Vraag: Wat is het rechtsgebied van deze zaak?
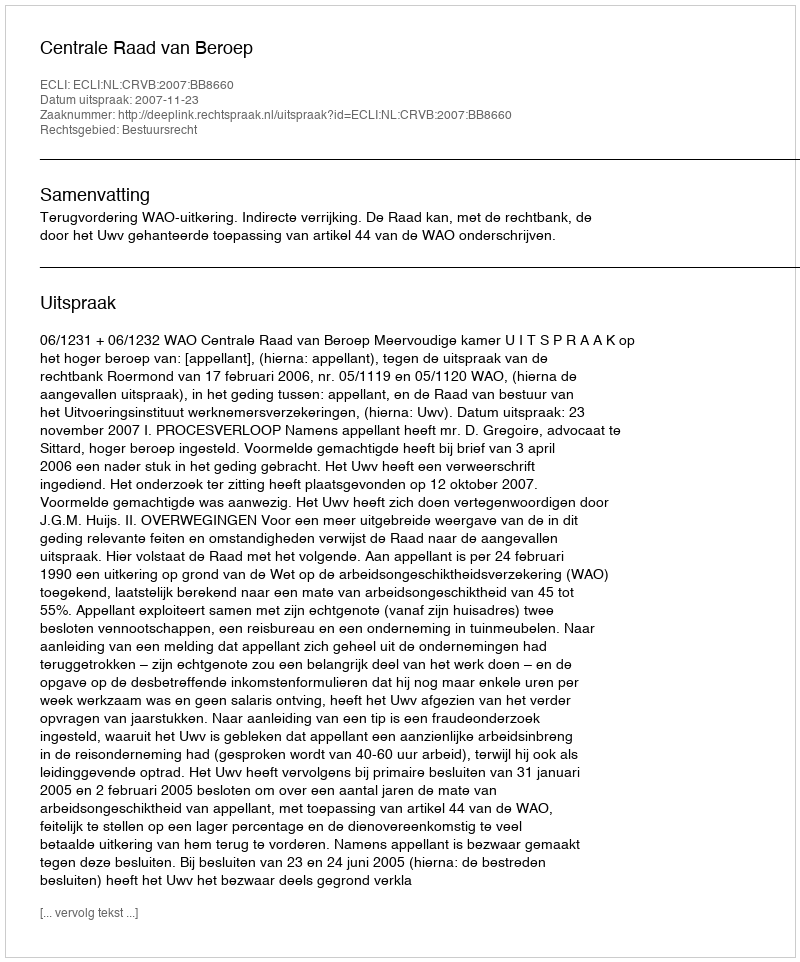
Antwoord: Bestuursrecht